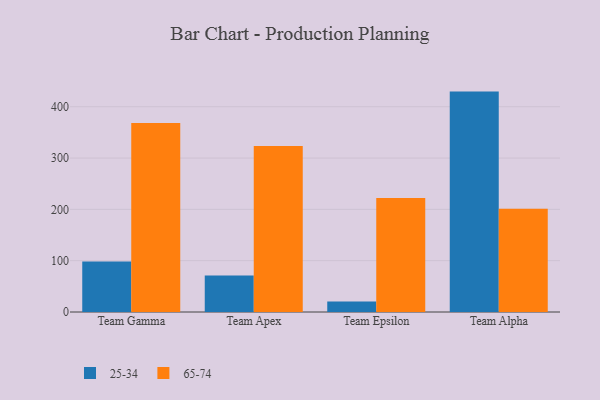
{"axis": {"x": "Team", "y": "Budget (USD K)"}, "legend": ["25-34", "65-74"], "data": [{"x": "Team Gamma", "y": 98.2, "type": "25-34"}, {"x": "Team Gamma", "y": 368.5, "type": "65-74"}, {"x": "Team Apex", "y": 71.3, "type": "25-34"}, {"x": "Team Apex", "y": 323.4, "type": "65-74"}, {"x": "Team Epsilon", "y": 20.3, "type": "25-34"}, {"x": "Team Epsilon", "y": 222.3, "type": "65-74"}, {"x": "Team Alpha", "y": 429.5, "type": "25-34"}, {"x": "Team Alpha", "y": 201.3, "type": "65-74"}]}